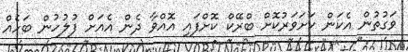
ވަގުތުން އެކަން ކަށަވަރުކޮށް ބްރޭކް ކޮށްފައި އޮއްވާ ދެން އެއަށް ފުލުހުން ބަހެއް